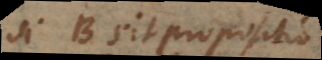
Si B sit propositio,